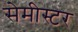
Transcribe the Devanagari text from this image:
सेमीस्टर